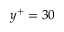
y ^ { + } = 3 0